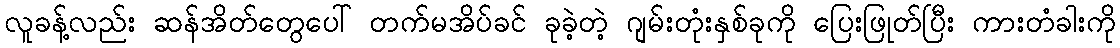
လူခန့်လည်း ဆန်အိတ်တွေပေါ် တက်မအိပ်ခင် ခုခဲ့တဲ့ ဂျမ်းတုံးနှစ်ခုကို ပြေးဖြုတ်ပြီး ကားတံခါးကို